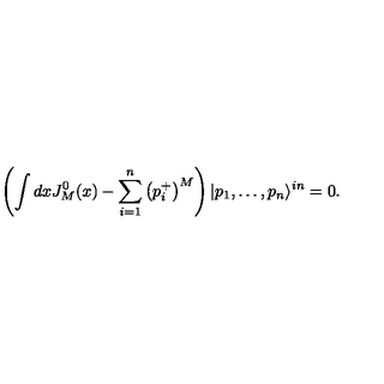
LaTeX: \left( \int d x J _ { M } ^ { 0 } ( x ) - \sum _ { i = 1 } ^ { n } \left( p _ { i } ^ { + } \right) ^ { M } \right) | p _ { 1 } , \dots , p _ { n } \rangle ^ { i n } = 0 .